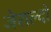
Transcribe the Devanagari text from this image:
जेराल्दो